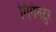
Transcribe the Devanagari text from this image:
गिगेनटुर